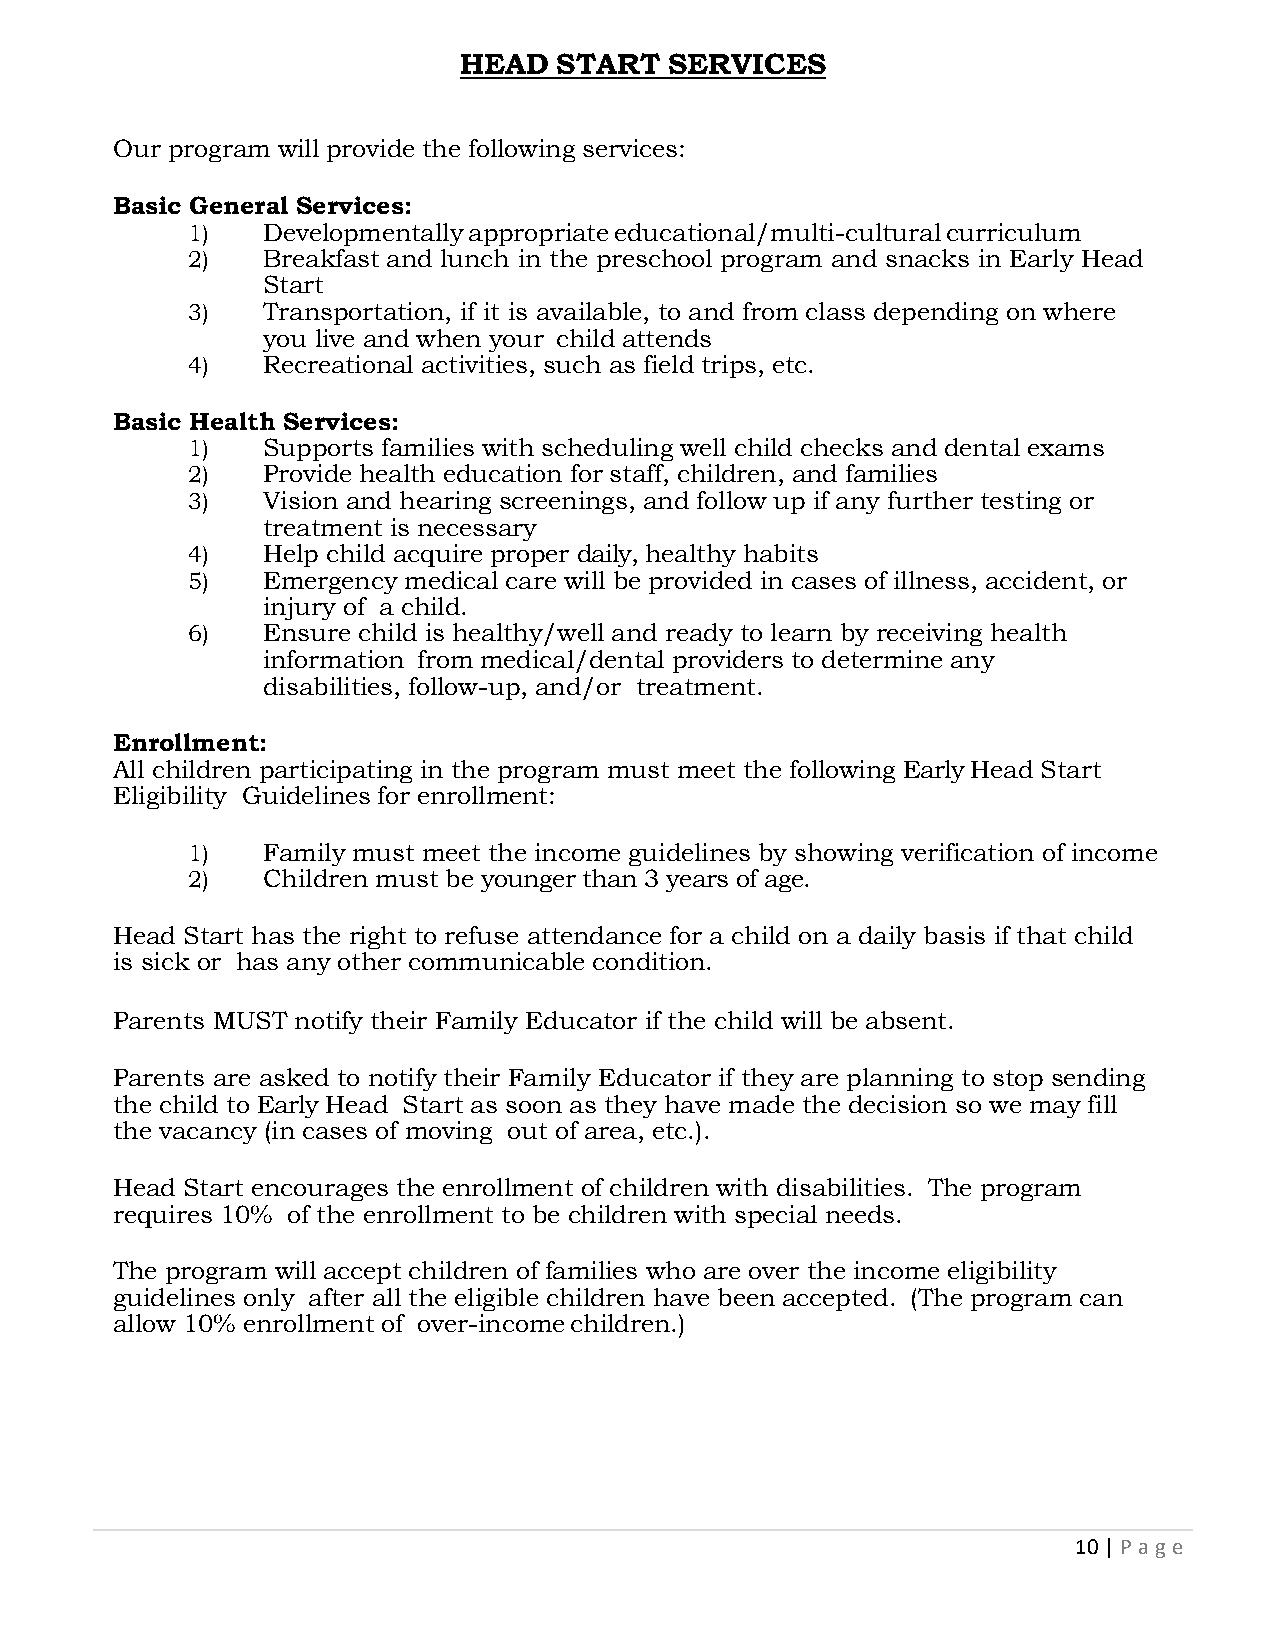
HEAD   START  SERVICES
 Our program will provide the following services:
 Basic General Services:
 1)   Developmentally appropriate educational/multi-cultural curriculum
 2)   Breakfast and lunch in the preschool program and snacks in Early Head
 Start
 3)   Transportation, if it is available, to and from class depending on where
 you live and when your child attends
 4)   Recreational activities, such as field trips, etc.
 Basic Health Services:
 1)   Supports families with scheduling well child checks and dental exams
 2)   Provide health education for staff, children, and families
 3)   Vision and hearing screenings, and follow up if any further testing or
 treatment is necessary
 4)   Help child acquire proper daily, healthy habits
 5)   Emergency medical care will be provided in cases of illness, accident, or
 injury of a child.
 6)   Ensure child is healthy/well and ready to learn by receiving health
 information from medical/dental providers to determine any
 disabilities, follow-up, and/or treatment.
 Enrollment:
 All children participating in the program must meet the following Early Head Start
 Eligibility Guidelines for enrollment:
 1)   Family must meet the income guidelines by showing verification of income
 2)   Children must be younger than 3 years of age.
 Head Start has the right to refuse attendance for a child on a daily basis if that child
 is sick or has any other communicable condition.
 Parents MUST notify their Family Educator if the child will be absent.
 Parents are asked to notify their Family Educator if they are planning to stop sending
 the child to Early Head Start as soon as they have made the decision so we may fill
 the vacancy (in cases of moving out of area, etc.).
 Head Start encourages the enrollment of children with disabilities. The program
 requires 10% of the enrollment to be children with special needs.
 The program will accept children of families who are over the income eligibility
 guidelines only after all the eligible children have been accepted. (The program can
 allow 10% enrollment of over-income children.)
 10 | P age